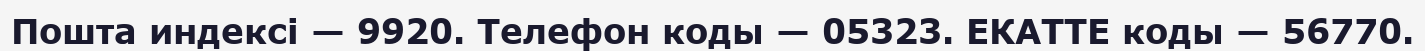
Пошта индексі — 9920. Телефон коды — 05323. ЕКАТТЕ коды — 56770.